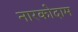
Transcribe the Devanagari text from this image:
नारकोदाम